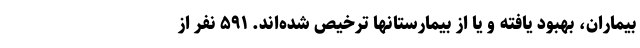
بیماران، بهبود یافته و یا از بیمارستانها ترخیص شده‌اند. ۵۹۱ نفر از